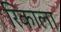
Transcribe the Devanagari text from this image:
रिकाला